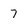
Character: 7